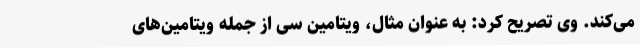
می‌کند. وی تصریح کرد: به عنوان مثال، ویتامین سی از جمله ویتامین‌های